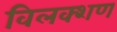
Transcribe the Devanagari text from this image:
विलक्शण